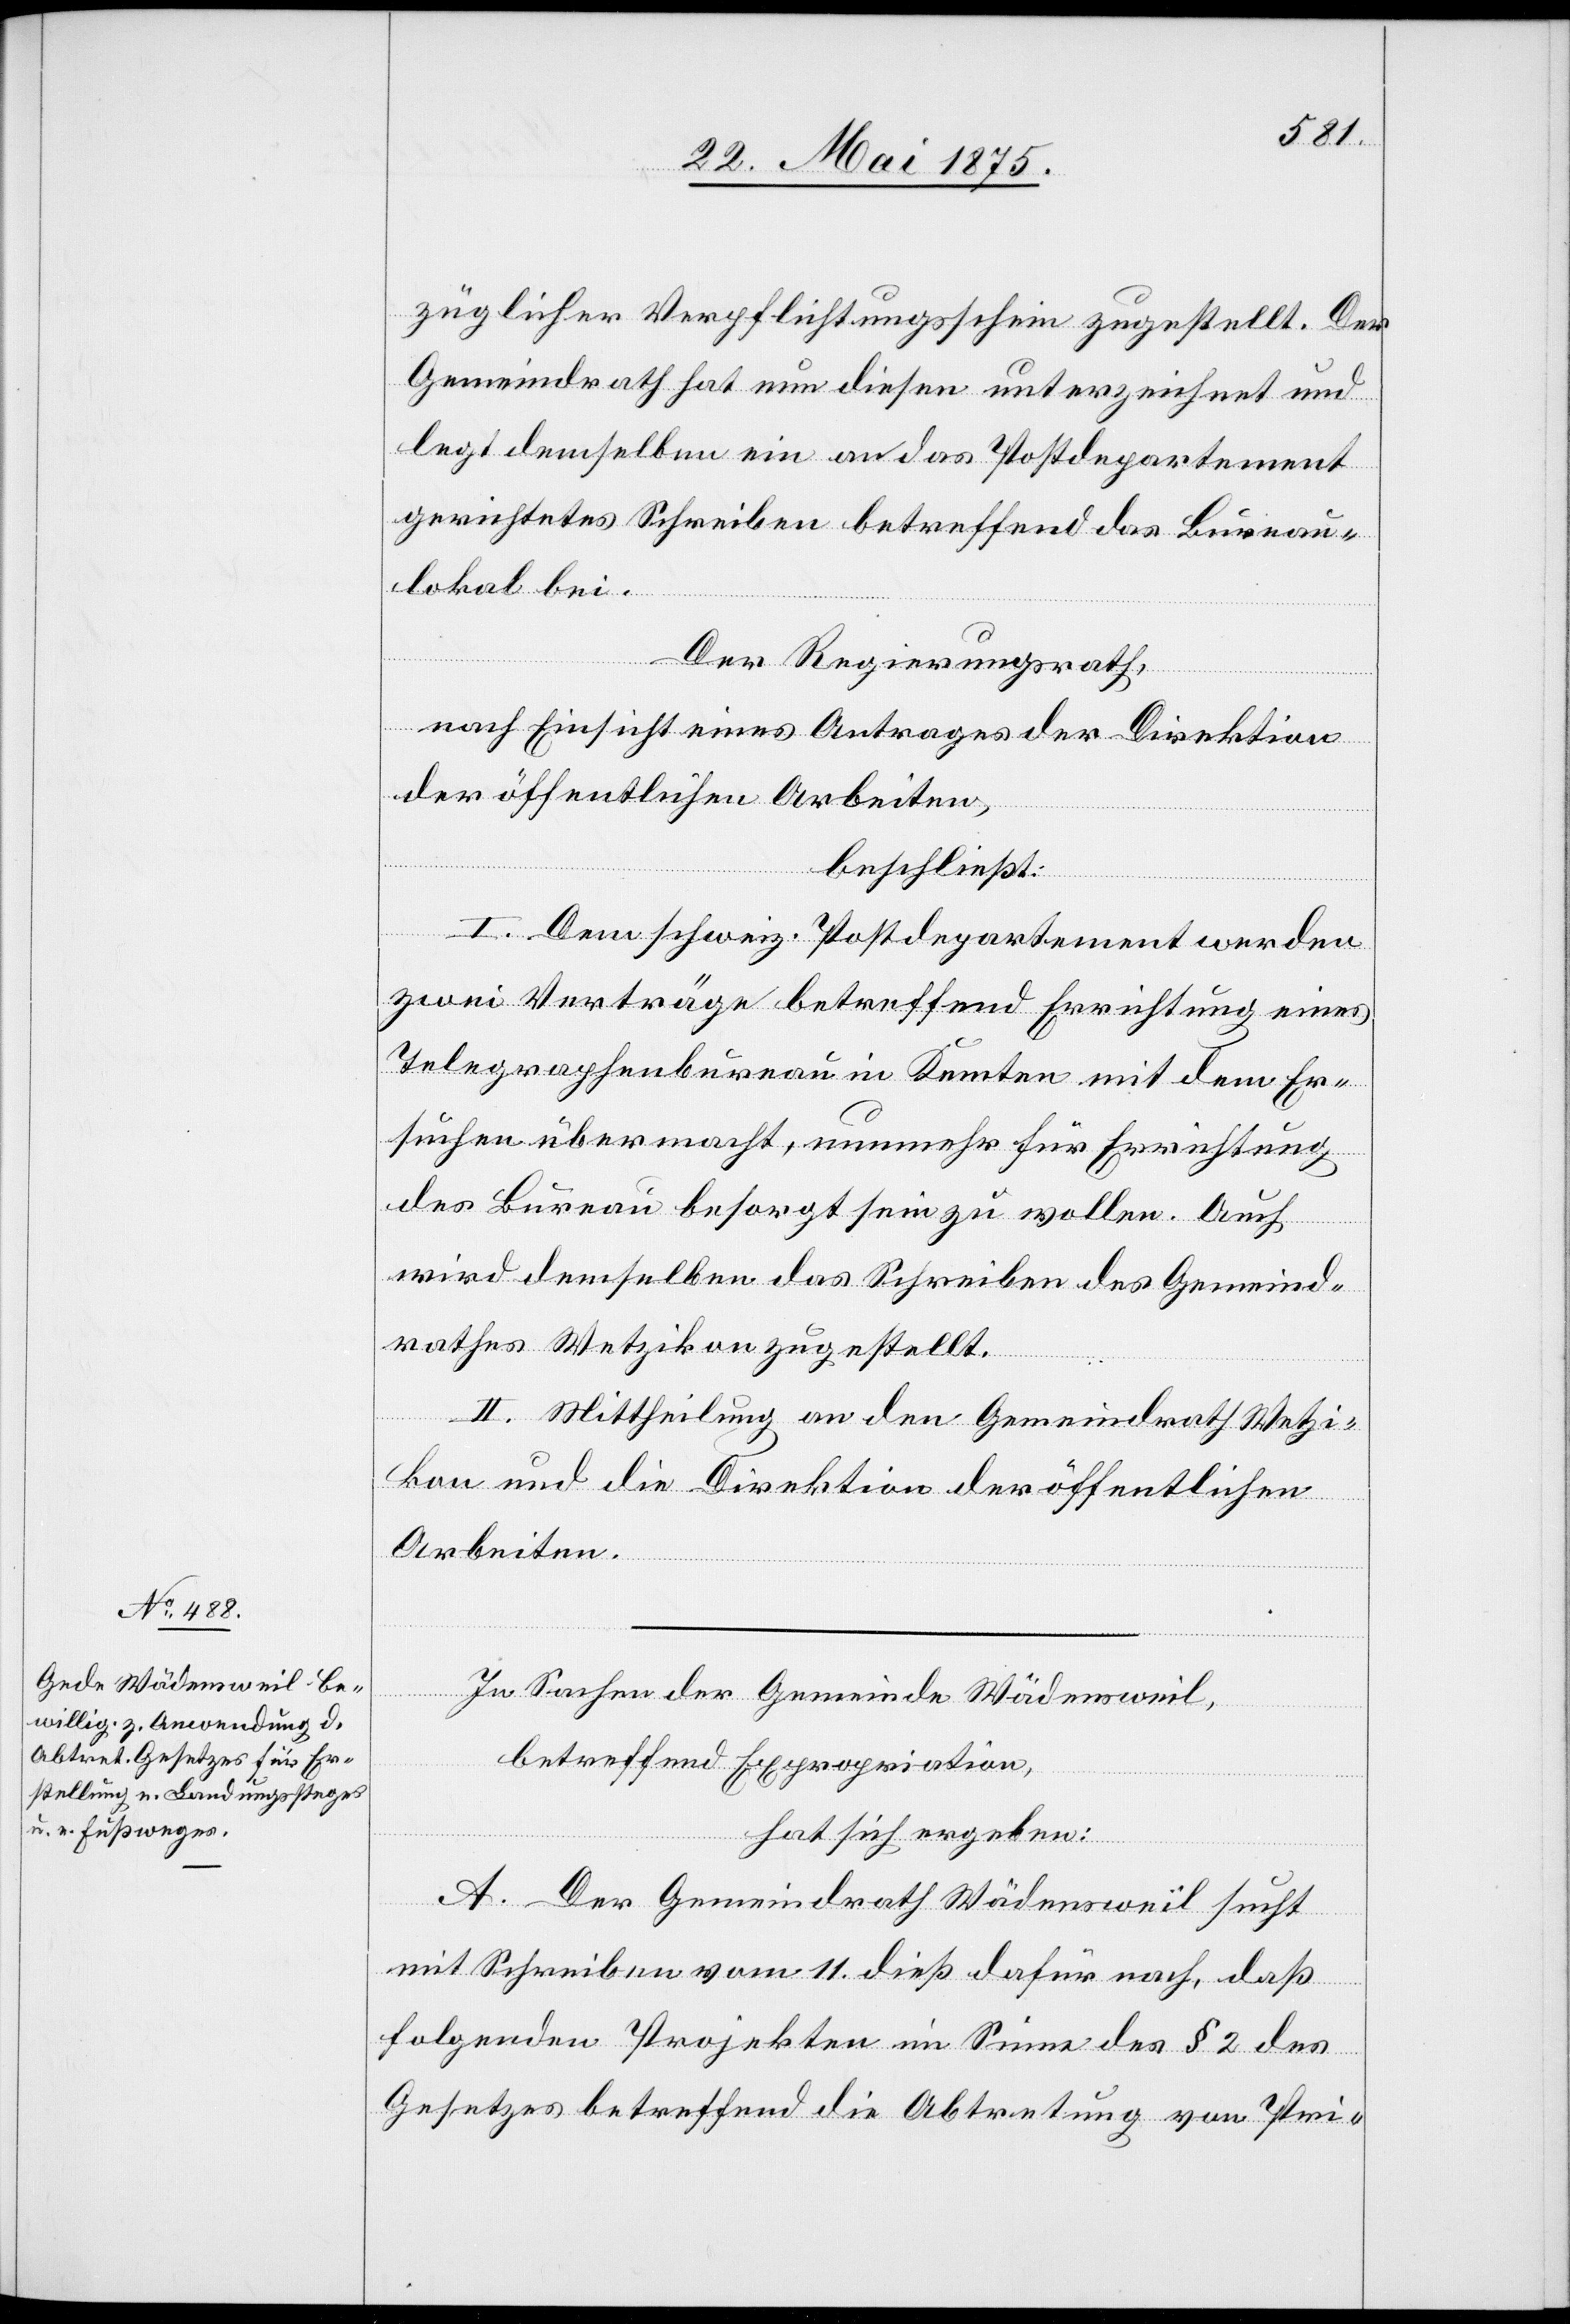
züglicher Verpflichtungsschein zugestellt. Der
Gemeindrath hat nun diesen unterzeichnet und
legt demselben ein an das Postdepartement
gerichtetes Schreiben betreffend das Bureau¬
lokal bei.
Der Regierungsrath,
nach Einsicht eines Antrages der Direktion
der öffentlichen Arbeiten,
beschließt:
I. Dem schweiz. Postdepartement werden
zwei Verträge betreffend Errichtung eines
Telegraphenbureau in Kemten mit dem Er¬
suchen übermacht, nunmehr für Errichtung
des Bureau besorgt sein zu wollen. Auch
wird demselben das Schreiben des Gemeind¬
rathes Wetzikon zugestellt.
II. Mittheilung an den Gemeindrath Wetzi¬
kon und die Direktion der öffentlichen
Arbeiten.
In Sachen der Gemeinde Wädensweil,
betreffend Expropriation,
hat sich ergeben:
A. Der Gemeindrath Wädensweil sucht
mit Schreiben vom 11. dieß dafür nach, daß
folgenden Projekten im Sinne des § 2 des
Gesetzes betreffend die Abtretung von Pri-